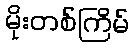
မိုးတစ်ကြိမ်